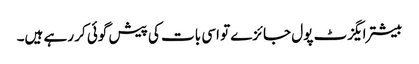
بیشتر ایگزٹ پول جائزے تو اسی بات کی پیش گوئی کر رہے ہیں۔